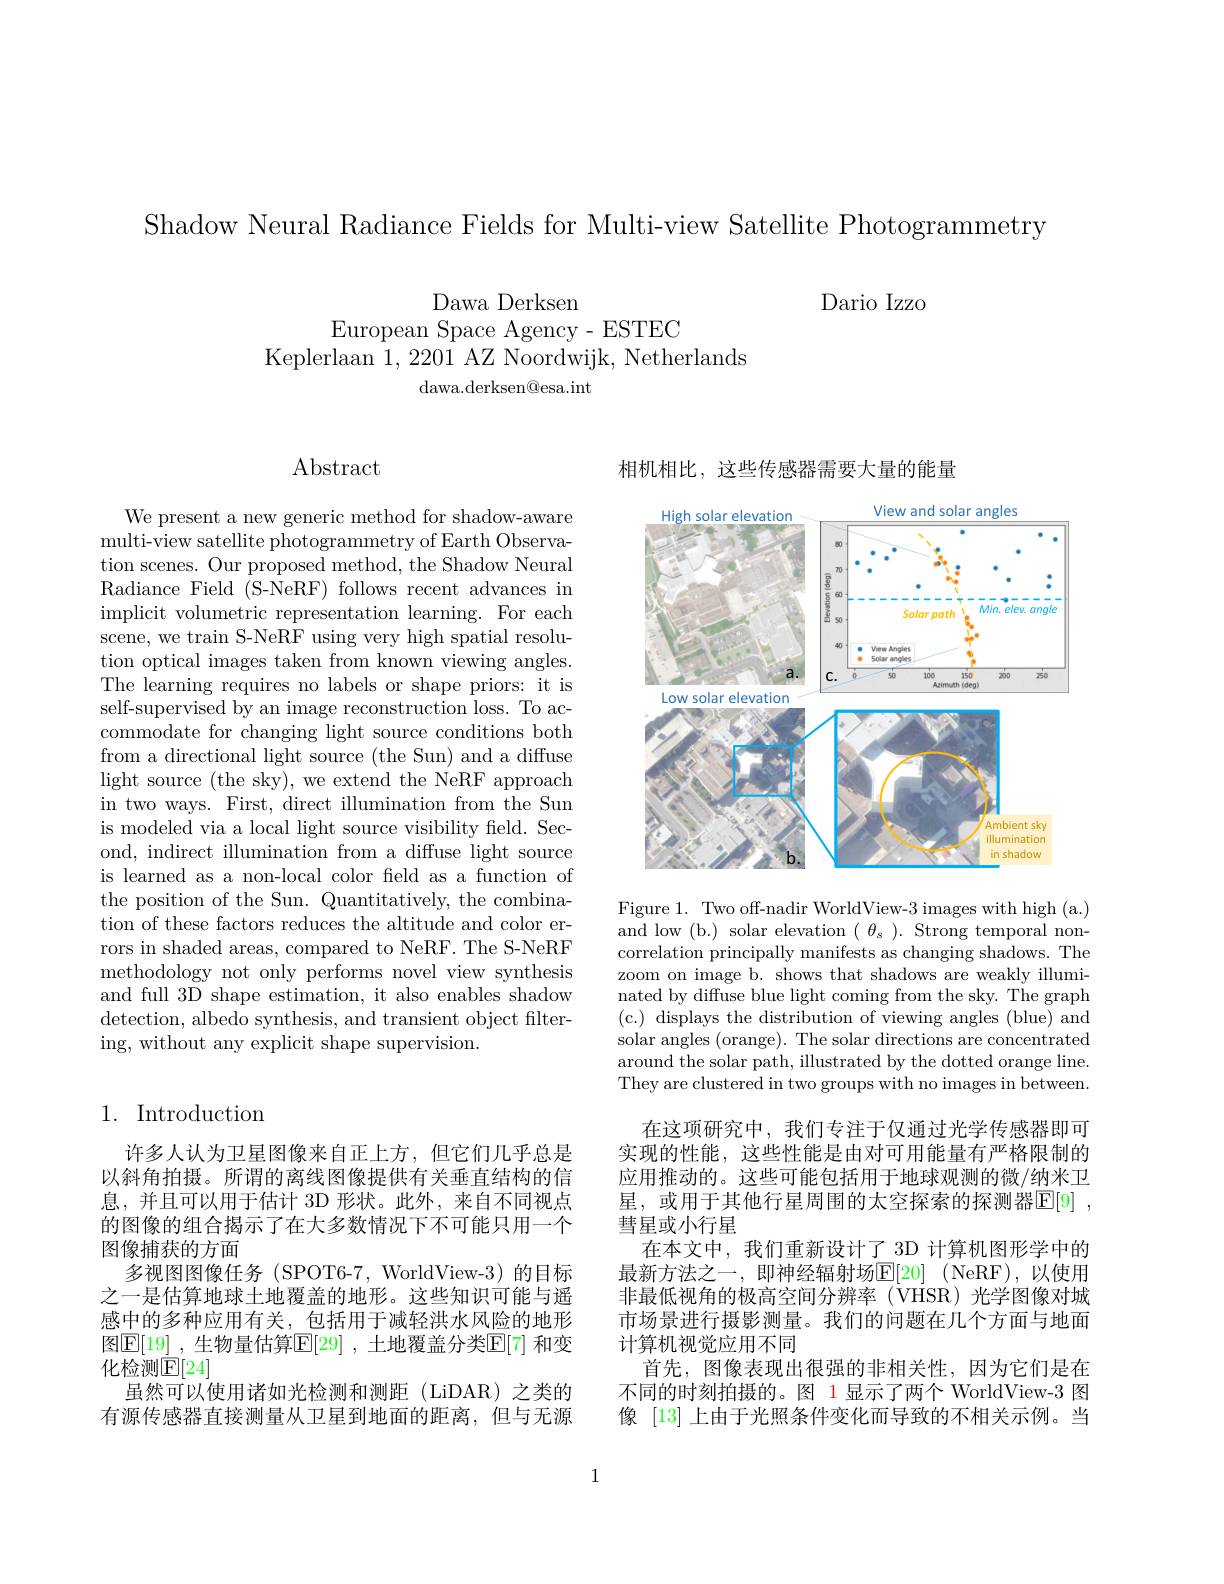
Shadow Neural Radiance Fields for Multi-view Satellite Photogrammetry

Dario Izzo

Dawa Derksen

European Space Agency- ESTEC
Keplerlaan 1, 2201 AZ Noordwijk, Netherlands
dawa.derksen@esa.int

$\operatorname{Abstract}$

We present a new generic method for shadow-aware multi-view satellite photogrammetry of Earth Observation scenes. Our proposed method, the Shadow Neural Radiance Field (S-NeRF) follows recent advances in implicit volumetric representation learning. For each scene, we train S-NeRF using very high spatial resolution optical images taken from known viewing angles. The learning requires no labels or shape priors: it is self-supervised by an image reconstruction loss. To accommodate for changing light source conditions both from a directional light source (the Sun) and a diffuse light source (the sky), we extend the NeRF approach in two ways. First, direct illumination from the Sun is modeled via a local light source visibility feld. Second, indirect illumination from a diffuse light source is learned as a non-local color feld as a function of the position of the Sun. Quantitatively, the combination of these factors reduces the altitude and color errors in shaded areas, compared to NeRF. The S-NeRF methodology not only performs novel view synthesis and full 3D shape estimation, it also enables shadow detection, albedo synthesis, and transient object filter- ing, without any explicit shape supervision.

# 1. Introduction

许多人认为卫星图像来自正上方，但它们几乎总是以斜角拍摄。所谓的离线图像提供有关垂直结构的信息，并且可以用于估计 3D 形状。此外，来自不同视点的图像的组合揭示了在大多数情况下不可能只用一个图像捕获的方面
多视图图像任务 (SPOT6-7, WorldView-3) 的目标之一是估算地球土地覆盖的地形。这些知识可能与遥感中的多种应用有关，包括用于减轻洪水风险的地形图$\mathbb{E}[19]$ ,生物量估算$\mathbb{E}[29]$ ,土地覆盖分类$\mathbb{E}[7]$ 和变化检测$\mathbb{E}[24]$
虽然可以使用诸如光检测和测距(LiDAR)之类的有源传感器直接测量从卫星到地面的距离，但与无源

相机相比，这些传感器需要大量的能量

<FigureHere>

Figure 1. Two off-nadir WorldView-3 images with high (a.) and low (b.) solar elevation $(\theta_s).$ Strong temporal noncorrelation principally manifests as changing shadows. The zoom on image b. shows that shadows are weakly illuminated by diffuse blue light coming from the sky. The graph ( c. ) displays the distribution of viewing angles ( blue) and solar angles (orange). The solar directions are concentrated around the solar path, illustrated by the dotted orange line. They are clustered in two groups with no images in between.

在这项研究中，我们专注于仅通过光学传感器即可实现的性能，这些性能是由对可用能量有严格限制的应用推动的。这些可能包括用于地球观测的微/纳米卫星，或用于其他行星周围的太空探索的探测器$\mathbb{E} [ 9]$ , 彗星或小行星
在本文中，我们重新设计了 3D 计算机图形学中的最新方法之一，即神经辐射场$\underline {\mathrm{E} }[ 20]$ (NeRF),以使用非最低视角的极高空间分辨率(VHSR)光学图像对城市场景进行摄影测量。我们的问题在几个方面与地面计算机视觉应用不同
首先，图像表现出很强的非相关性，因为它们是在不同的时刻拍摄的。图 1 显示了两个 WorldView-3 图像 [13] 上由于光照条件变化而导致的不相关示例。当

1